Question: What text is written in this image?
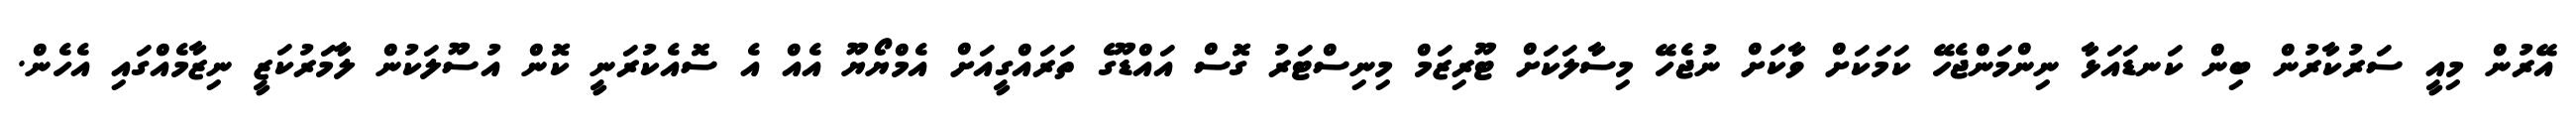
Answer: އޭރުން މިއީ ސަރުކާރުން ބިން ކަނޑައަޅާ ނިންމަންޖެހޭ ކަމަކަށް ވާކަށް ނުޖެހޭ މިސާލަކަށް ޓޫރިޒަމް މިނިސްޓަރު ގޮސް އައްޑޫގެ ތަރައްގީއަށް އެމްޔޯޔޫ އެއް އެ ސޮއެކުރަނީ ކޮން އުސޫލަކުން ލާމަރުކަޒީ ނިޒާމެއްގައި އެހެން.